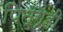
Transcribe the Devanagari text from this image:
पितृगृही